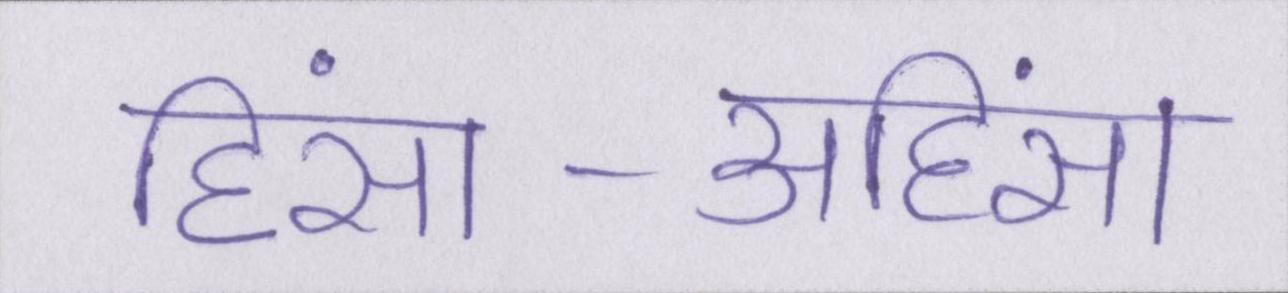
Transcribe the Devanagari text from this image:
हिंसा-अहिंसा